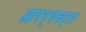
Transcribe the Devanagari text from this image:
आरम्भकर्ता